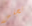
تجلس